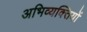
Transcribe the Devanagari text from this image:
अभिव्यक्‍तियों